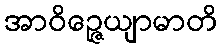
အာဝိဉ္ဇေယျာမာတိ